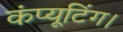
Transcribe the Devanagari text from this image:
कंप्यूटिंग।